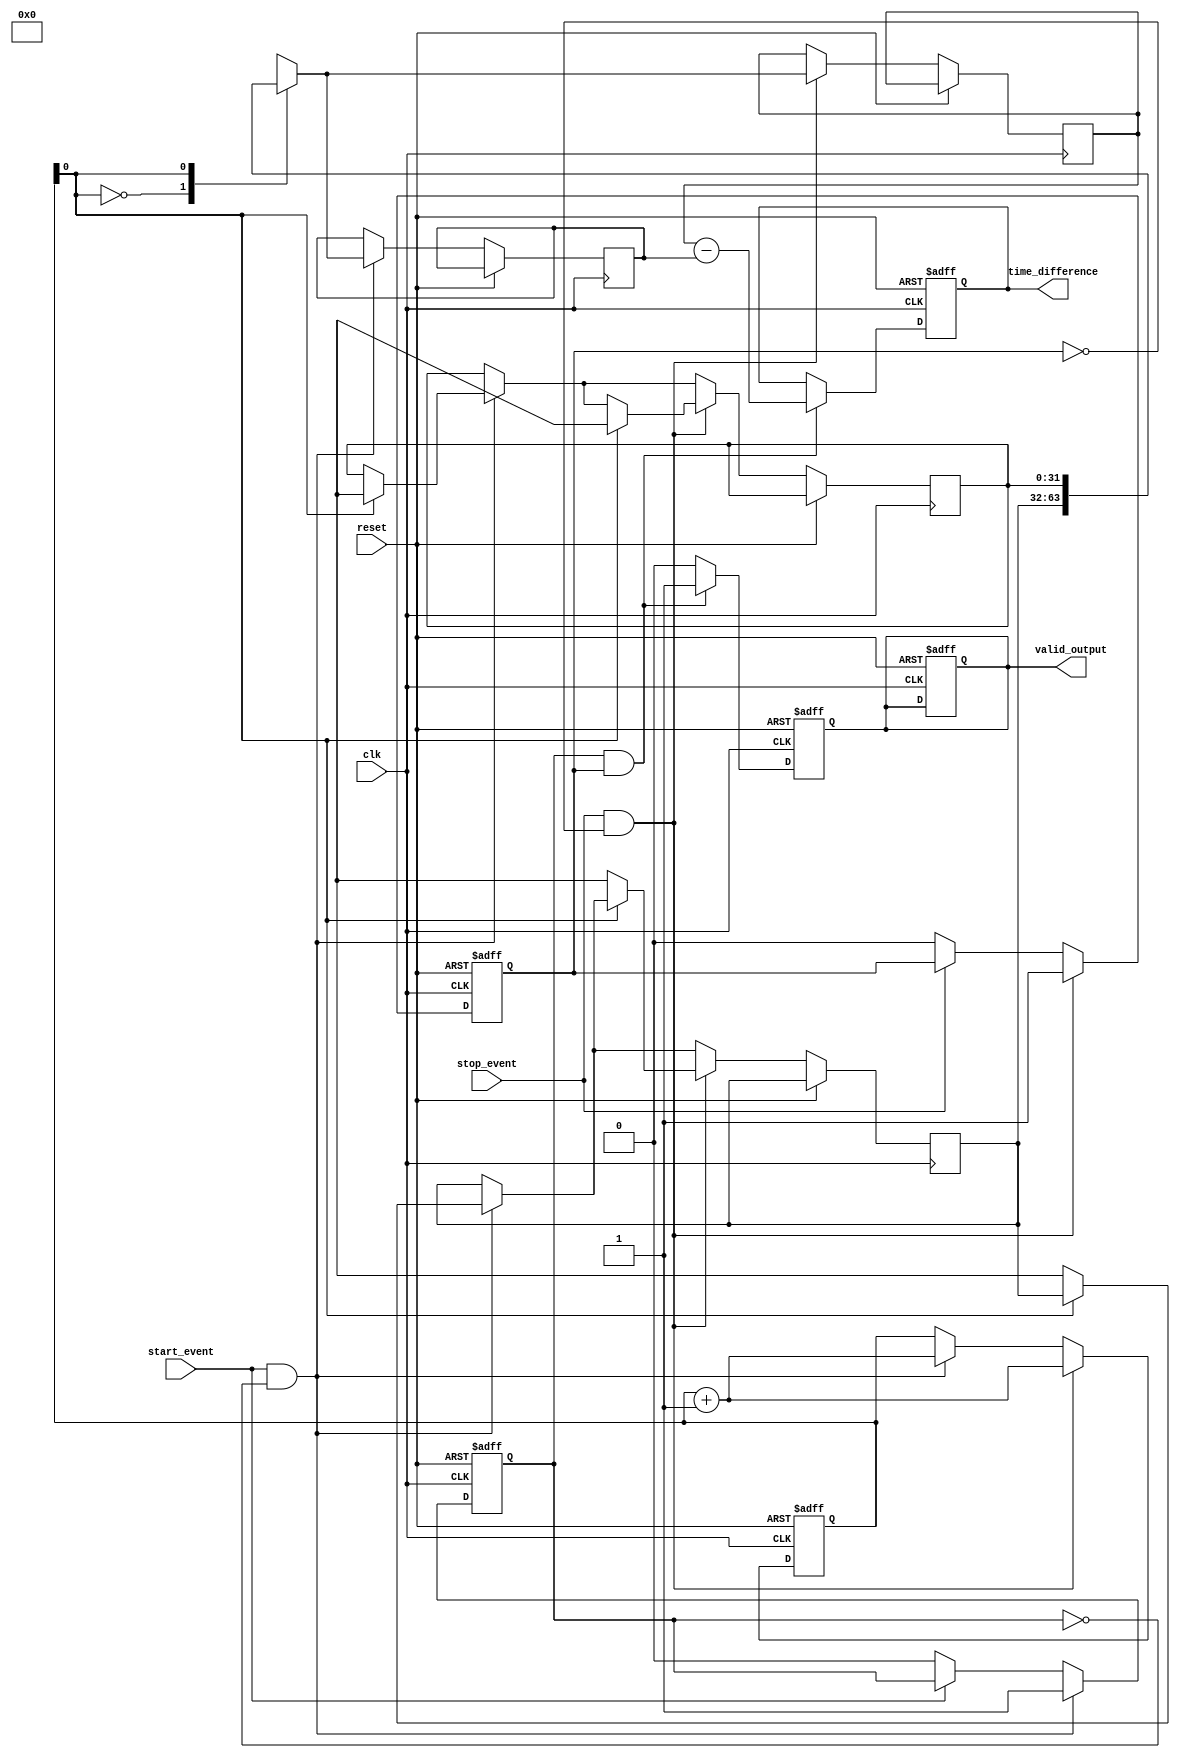
module MemoryBlocksHybridTDC (
    input wire clk,                  // High-frequency clock
    input wire reset,                // Reset signal
    input wire start_event,          // Start event signal
    input wire stop_event,           // Stop event signal
    output reg [31:0] time_difference,// Time difference output
    output reg valid_output           // Output valid signal
);

    // Parameters
    parameter MEMORY_SIZE = 2;      // Size of the memory array
    parameter TIME_RESOLUTION = 32;  // Time resolution in bits

    // Memory array for timestamps
    reg [TIME_RESOLUTION-1:0] timestamp_memory [0:MEMORY_SIZE-1];
    reg [1:0] write_pointer;         // Pointer for writing timestamps
    reg [1:0] read_pointer;          // Pointer for reading timestamps
    reg [TIME_RESOLUTION-1:0] start_timestamp;
    reg [TIME_RESOLUTION-1:0] stop_timestamp;
    reg capturing_start;
    reg capturing_stop;

    // Event Capture Logic
    always @(posedge clk or posedge reset) begin
        if (reset) begin
            write_pointer <= 0;
            read_pointer <= 0;
            capturing_start <= 0;
            capturing_stop <= 0;
            valid_output <= 0;
        end else begin
            // Capture start event
            if (start_event && !capturing_start) begin
                timestamp_memory[write_pointer] <= $time; // Capture current timestamp
                start_timestamp <= timestamp_memory[write_pointer];
                capturing_start <= 1;
                write_pointer <= write_pointer + 1;
            end else if (!start_event) begin
                capturing_start <= 0;
            end

            // Capture stop event
            if (stop_event && !capturing_stop) begin
                timestamp_memory[write_pointer] <= $time; // Capture current timestamp
                stop_timestamp <= timestamp_memory[write_pointer];
                capturing_stop <= 1;
                write_pointer <= write_pointer + 1;
            end else if (!stop_event) begin
                capturing_stop <= 0;
            end
        end
    end

    // Time Difference Calculation
    always @(posedge clk or posedge reset) begin
        if (reset) begin
            time_difference <= 0;
            valid_output <= 0;
        end else if (capturing_start && capturing_stop) begin
            time_difference <= stop_timestamp - start_timestamp; // Calculate time difference
            valid_output <= 1; // Indicate valid output
        end else begin
            valid_output <= 0; // Reset valid output if not capturing
        end
    end

endmodule